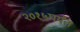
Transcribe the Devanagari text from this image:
२०१५पर्यंत